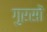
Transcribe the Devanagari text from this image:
गुरसों